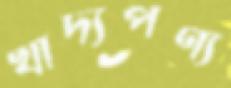
খাদ্যপণ্য